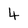
Character: 4